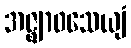
အဇ္ဈာဝသေယျံ